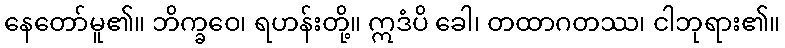
နေတော်မူ၏။ ဘိက္ခဝေ၊ ရဟန်းတို့။ ဣဒံပိ ခေါ၊ တထာဂတဿ၊ ငါဘုရား၏။